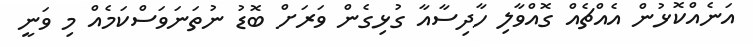
އަނެއްކޮޅުން އެއްޗެއް ގޮއްވާލި ހާދިސާއާ ގުޅިގެން ވަރަށް ބޮޑު ނުތަނަވަސްކަމެއް މި ވަނީ